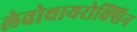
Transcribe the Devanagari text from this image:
लेवोथायरोक्सिन